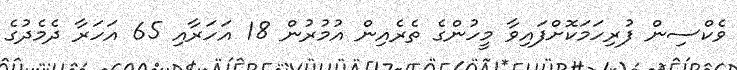
ވެކްސިން ފުރިހަމަކޮށްފައިވާ މީހުންގެ ތެރެއިން އުމުރުން 18 އަހަރާއި 65 އަހަރާ ދެމެދުގެ